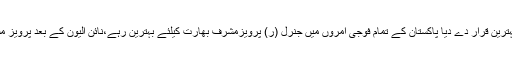
بھارتی خفیہ ایجنسی کے سابق سربراہ نے پرویز مشرف کو بھارت کے لیے بہترین قرار دے دیا پاکستان کے تمام فوجی آمروں میں جنرل (ر) پرویزمشرف بھارت کیلئے بہترین رہے،نائن الیون کے بعد پرویز مشرف امریکی دباؤ میں آ گئے تھے، پسندیدہ پاکستانی رہنما بےنظیر بھٹو تھیں۔